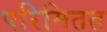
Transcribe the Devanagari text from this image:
परिमितत